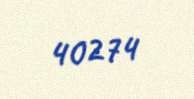
40274